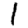
Digit: 1